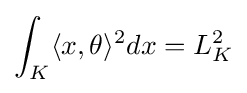
\int _{K}\langle x,\theta \rangle ^{2}dx=L_{K}^{2}